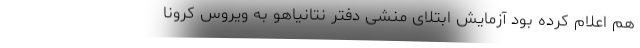
هم اعلام کرده بود آزمایش ابتلای منشی دفتر نتانیاهو به ویروس کرونا